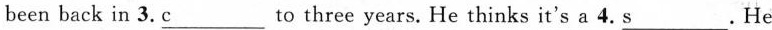
been back in 3.\underline{c} to three years. He thinks it's a 4. \underline{s}. He